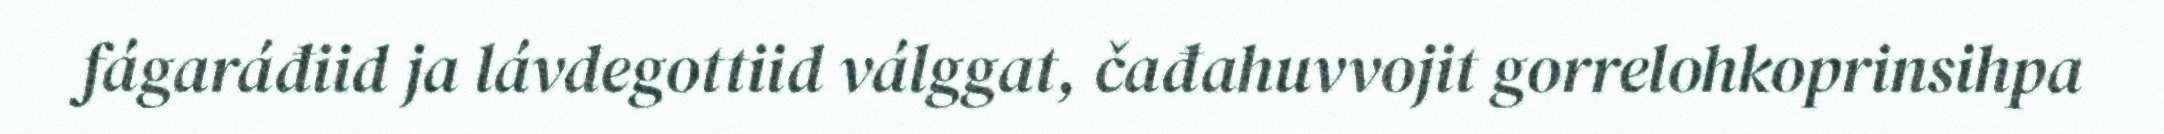
fágaráđiid ja lávdegottiid válggat, čađahuvvojit gorrelohkoprinsihpa